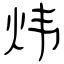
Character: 炜